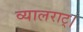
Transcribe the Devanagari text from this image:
व्यालराट्।